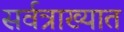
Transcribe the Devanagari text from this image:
सर्वत्राख्यात